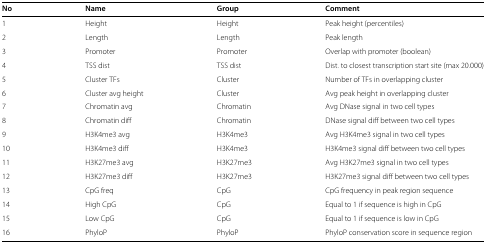
| No | Name | Group | Comment |
 | --- | --- | --- | --- |
 | 1 | Height | Height | Peak height (percentiles) |
 | 2 | Length | Length | Peak length |
 | 3 | Promoter | Promoter | Overlap with promoter (boolean) |
 | 4 | TSS dist | TSS dist | Dist. to closest transcription start site (max 20.000) |
 | 5 | Cluster TFs | Cluster | Number of TFs in overlapping cluster |
 | 6 | Cluster avg height | Cluster | Avg peak height in overlapping cluster |
 | 7 | Chromatin avg | Chromatin | Avg DNase signal in two cell types |
 | 8 | Chromatin diff | Chromatin | DNase signal diff between two cell types |
 | 9 | H3K4me3 avg | H3K4me3 | Avg H3K4me3 signal in two cell types |
 | 10 | H3K4me3 diff | H3K4me3 | H3K4me3 signal diff between two cell types |
 | 11 | H3K27me3 avg | H3K27me3 | Avg H3K27me3 signal in two cell types |
 | 12 | H3K27me3 diff | H3K27me3 | H3K27me3 signal diff between two cell types |
 | 13 | CpG freq | CpG | CpG frequency in peak region sequence |
 | 14 | High CpG | CpG | Equal to 1 if sequence is high in CpG |
 | 15 | Low CpG | CpG | Equal to 1 if sequence is low in CpG |
 | 16 | PhyloP | PhyloP | PhyloP conservation score in sequence region |